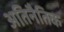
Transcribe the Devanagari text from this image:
अतिनैतिक